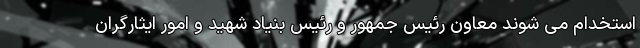
استخدام می شوند معاون رئیس جمهور و رئیس بنیاد شهید و امور ایثارگران